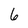
Character: 6